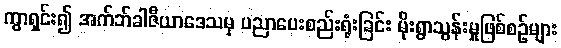
ကွာရှင်း၍ အက်ဘ်ခါဇီယာဒေသမှ ပညာပေးစည်းရုံးခြင်း မိုးရွာသွန်းမှုဖြစ်စဉ်များ